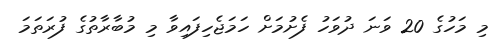
މި މަހުގެ 20 ވަނަ ދުވަހު ފެށުމަށް ހަމަޖެހިފައިވާ މި މުބާރާތުގެ ފުރަތަމަ